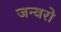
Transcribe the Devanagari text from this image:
जन्वरो